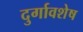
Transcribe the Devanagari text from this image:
दुर्गावशेष